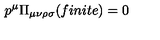
p ^ { \mu } \Pi _ { \mu \nu \rho \sigma } ( f i n i t e ) = 0